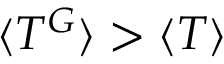
\langle T ^ { G } \rangle > \langle T \rangle